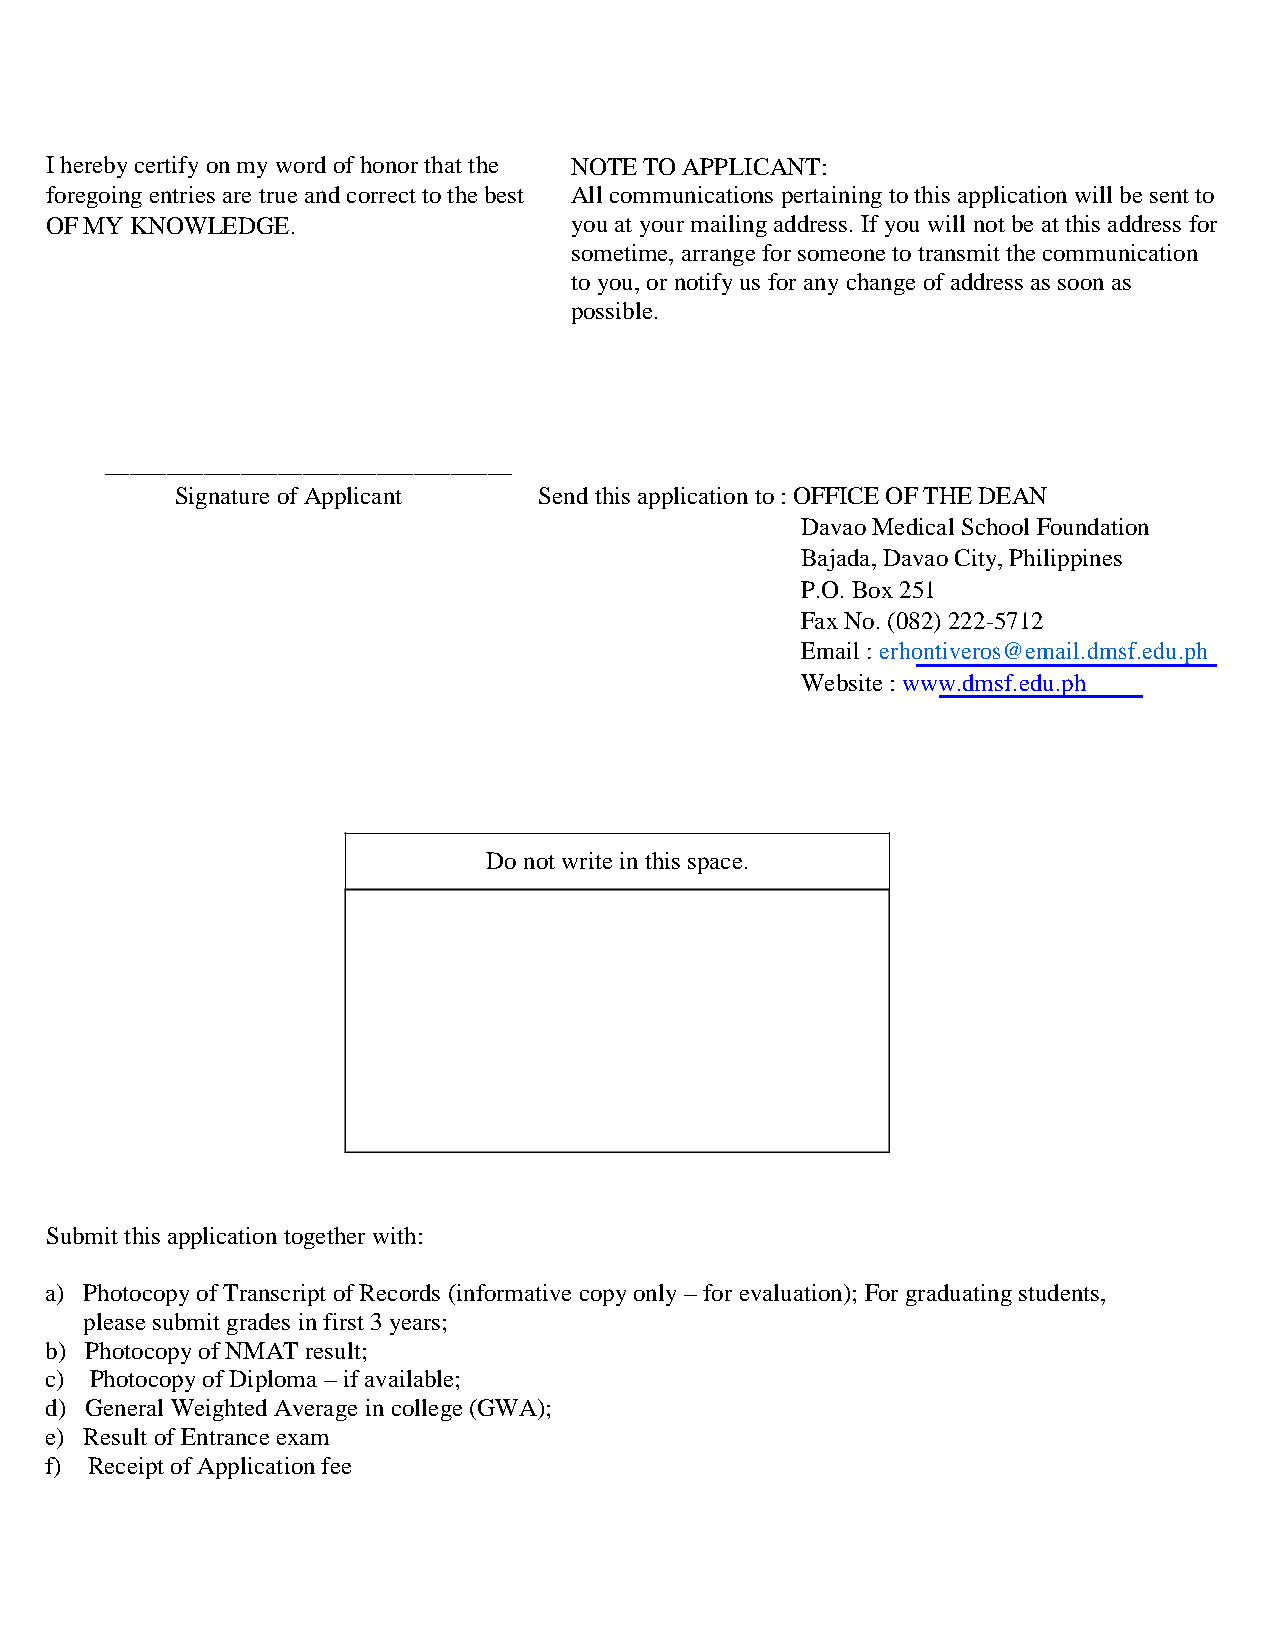
I hereby certify on my word of honor that the NOTE TO APPLICANT:
 foregoing entries are true and correct to the best All communications pertaining to this application will be sent to
 OF MY KNOWLEDGE.                   you at your mailing address. If you will not be at this address for
 sometime, arrange for someone to transmit the communication
 to you, or notify us for any change of address as soon as
 possible.
 _________________________________
 Signature of Applicant  Send this application to : OFFICE OF THE DEAN
 Davao Medical School Foundation
 Bajada, Davao City, Philippines
 P.O. Box 251
 Fax No. (082) 222-5712
 Email : erhontiveros@email.dmsf.edu.ph
 Website : www.dmsf.edu.ph
 Do not write in this space.
 Submit this application together with:
 a) Photocopy of Transcript of Records (informative copy only – for evaluation); For graduating students,
 please submit grades in first 3 years;
 b) Photocopy of NMAT result;
 c) Photocopy of Diploma – if available;
 d) General Weighted Average in college (GWA);
 e) Result of Entrance exam
 f) Receipt of Application fee